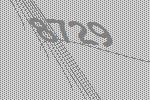
8729